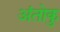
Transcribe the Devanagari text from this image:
अंतोकु